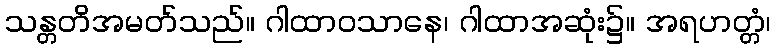
သန္တတိအမတ်သည်။ ဂါထာဝသာနေ၊ ဂါထာအဆုံး၌။ အရဟတ္တံ၊